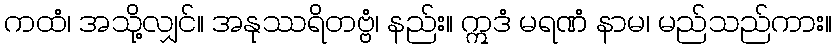
ကထံ၊ အသို့လျှင်။ အနုဿရိတဗ္ဗံ၊ နည်း။ ဣဒံ မရဏံ နာမ၊ မည်သည်ကား။